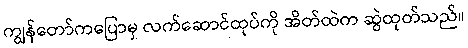
ကျွန်တော်ကပြောမှ လက်ဆောင်ထုပ်ကို အိတ်ထဲက ဆွဲထုတ်သည်။